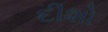
દીશો